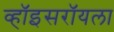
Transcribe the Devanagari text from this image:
व्हॉइसरॉयला